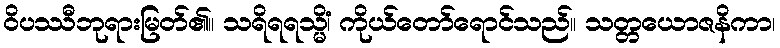
ဝိပဿီဘုရားမြတ်၏။ သရိရရသ္မိံ၊ ကိုယ်တော်ရောင်သည်။ သတ္တယောဇနိကာ၊